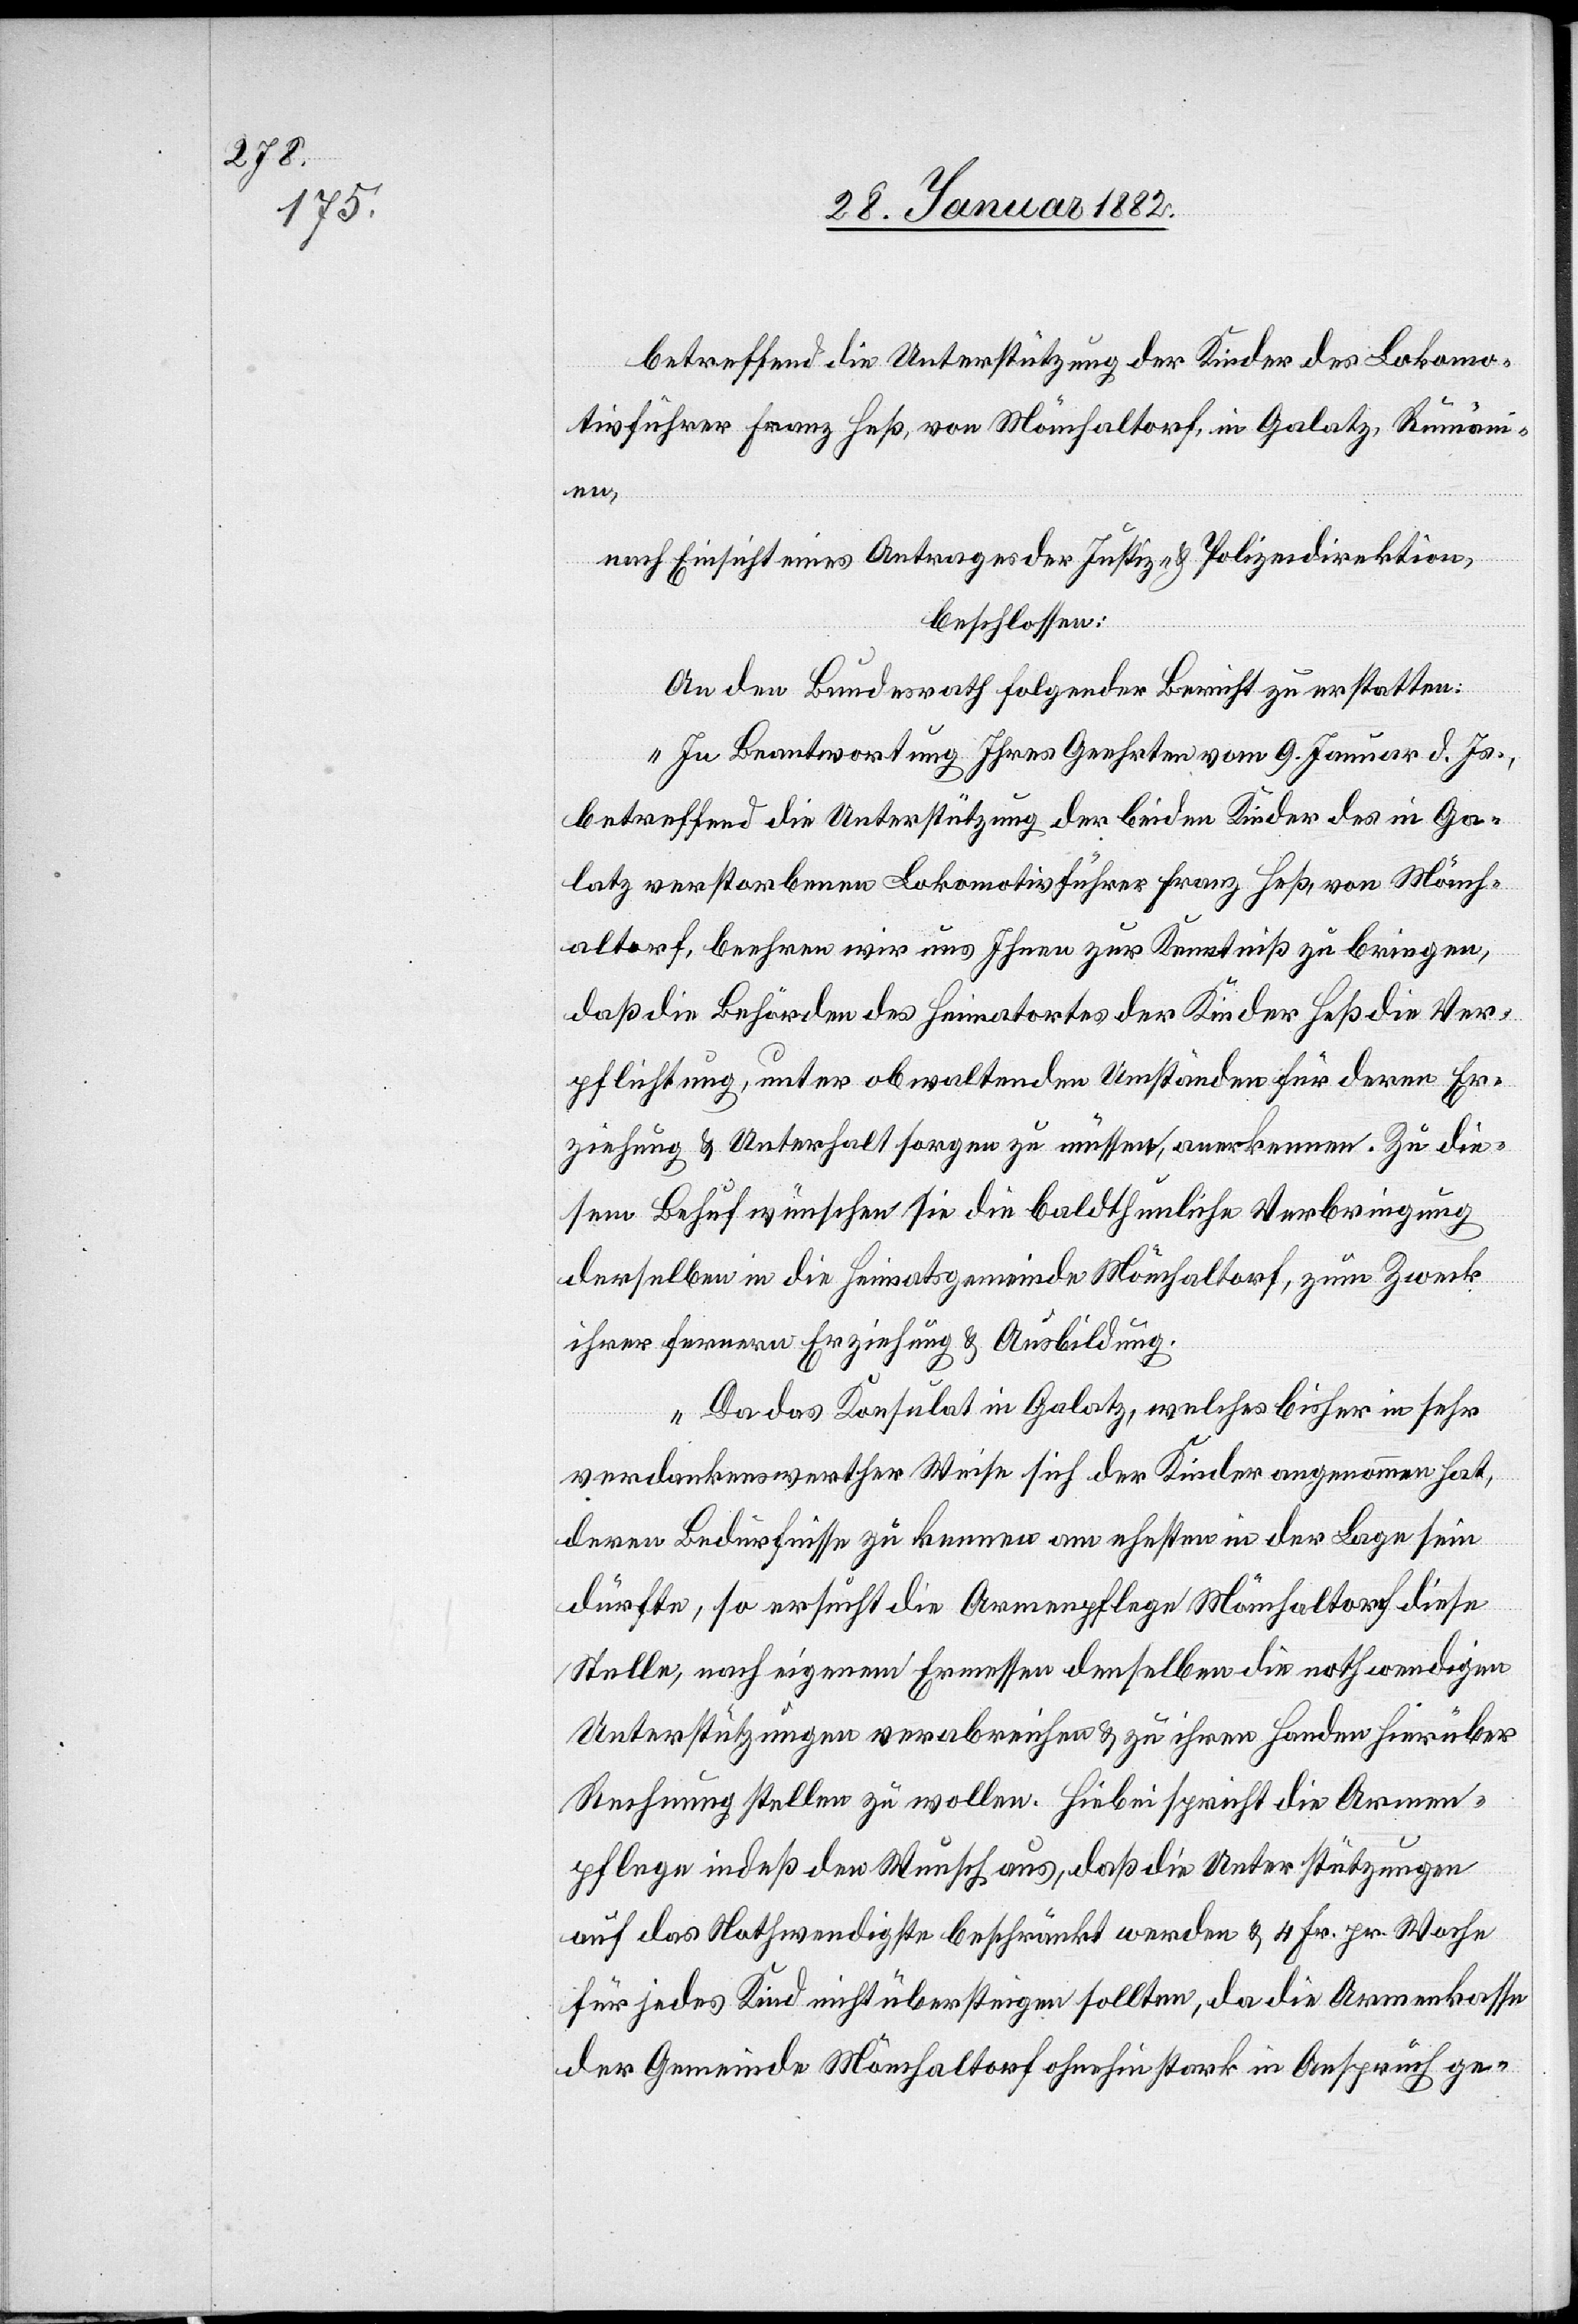
betreffend die Unterstützung der Kinder des Lokomo¬
tivführer Franz Heß, von Mönchaltorf, in Galatz, Rumäni¬
en,
nach Einsicht eines Antrages der Justiz- & Polizeidirektion,
beschlossen:
An den Bundesrath folgenden Bericht zu erstatten:
„In Beantwortung Ihres Geehrten vom 9. Januar d. Js.,
betreffend die Unterstützung der beiden Kinder des in Ga¬
latz verstorbenen Lokomotivführer Franz Heß, von Mönch¬
altorf, beehren wir uns Ihnen zur Kenntniß zu bringen,
daß die Behörden des Heimatortes der Kinder Heß die Ver¬
pflichtung, unter obwaltenden Umständen für deren Er¬
ziehung & Unterhalt sorgen zu müssen, anerkennen. Zu die¬
sem Behuf wünschen Sie die baldthunliche Verbringung
derselben in die Heimatsgemeinde Mönchaltorf, zum Zwecke
ihrer ferneren Erziehung & Ausbildung.
Da das Konsulat in Galatz, welches bisher in sehr
verdankenswerther Weise sich der Kinder angenommen hat,
deren Bedürfnisse zu kennen an ehesten in der Lage sein
dürfte so ersucht die Armenpflege Mönchaltorf diese
Stelle, nach eigenem Ermessen denselben die nothwendigen
Unterstützungen verabreichen & zu ihren Handen hierüber
Rechnung stellen zu wollen. Hiebei spricht die Armen¬
pflege indeß den Wunsch aus, daß die Unterstützungen
auf das Nothwendigste beschränkt werden & 4. Fr. pr. Woche
für jedes Kind nicht übersteigen sollten, da die Armenkasse
der Gemeinde Mönchaltorf ohnehin stark in Anspruch ge-